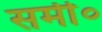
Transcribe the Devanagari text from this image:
समी०